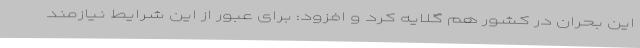
این بحران در کشور هم گلایه کرد و افزود: برای عبور از این شرایط نیازمند